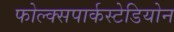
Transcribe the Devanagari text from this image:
फोल्क्सपार्कस्टेडियोन